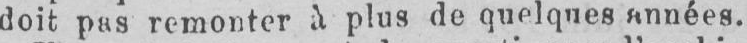
doit pies remonter à plus de quelques années.